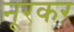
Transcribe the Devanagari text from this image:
नूरकर